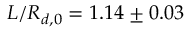
L / R _ { d , 0 } = 1 . 1 4 \pm 0 . 0 3